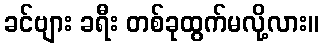
ခင်ဗျား ခရီး တစ်ခုထွက်မလို့လား။